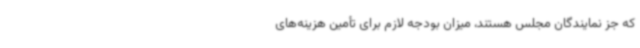
که جز نمایندگان مجلس هستند، میزان بودجه لازم برای تأمین هزینه‌های